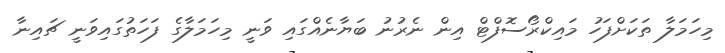
މިހަމަލާ ތަކަށްފަހު މައިކްރޯސޮފްޓް އިން ނެރުނު ބަޔާނެއްގައި ވަނީ މިހަމަލާގެ ފަހަތުގައިވަނީ ޗައިނާ